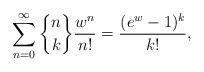
LaTeX: \begin{align*}\sum\limits_{n=0}^{\infty}\genfrac{\{}{\}}{0pt}{}{n}{k}\frac{w^{n}}{n!}=\frac{( e^{w}-1) ^{k}}{k!}, \end{align*}